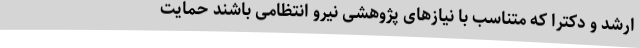
ارشد و دکترا که متناسب با نیازهای پژوهشی نیرو انتظامی باشند حمایت